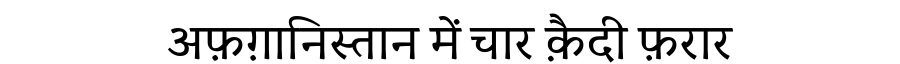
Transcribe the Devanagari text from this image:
अफ़ग़ानिस्तान में चार क़ैदी फ़रार